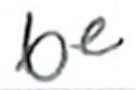
Text: be
Cross-out: clean
Writing tool: ballpoint